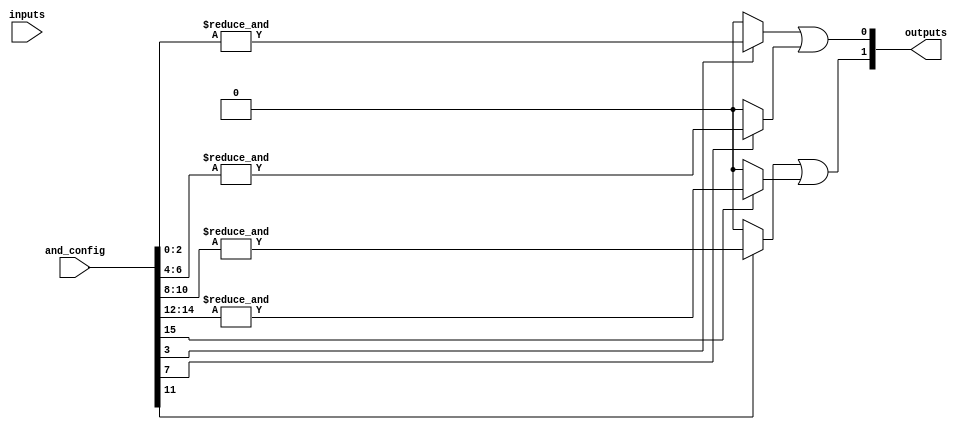
module GPAL #(
    parameter NUM_INPUTS = 3,  // Number of inputs (A, B, C, etc.)
    parameter NUM_AND_GATES = 4, // Number of programmable AND gates
    parameter NUM_OR_GATES = 2   // Number of fixed OR gates
)(
    input wire [NUM_INPUTS-1:0] inputs, // Input lines (e.g., A, B, C)
    input wire [NUM_AND_GATES*(NUM_INPUTS+1)-1:0] and_config, // Configuration for AND gates
    output wire [NUM_OR_GATES-1:0] outputs // Output lines (e.g., F1, F2)
);

    // Internal wires for AND gate outputs
    wire [NUM_AND_GATES-1:0] and_outputs;

    // Programmable AND Array
    genvar i;
    generate
        for (i = 0; i < NUM_AND_GATES; i = i + 1) begin : and_gate
            wire [NUM_INPUTS-1:0] and_input;
            wire and_enable;

            // Extract the configuration for the current AND gate
            assign and_input = and_config[i*(NUM_INPUTS+1) +: NUM_INPUTS];
            assign and_enable = and_config[i*(NUM_INPUTS+1) + NUM_INPUTS];

            // Implement the AND gate with programmable inputs
            assign and_outputs[i] = and_enable ? (&and_input) : 1'b0; // AND only if enabled
        end
    endgenerate

    // Fixed OR Array
    assign outputs[0] = and_outputs[0] | and_outputs[1]; // OR gate 1
    assign outputs[1] = and_outputs[2] | and_outputs[3]; // OR gate 2

endmodule